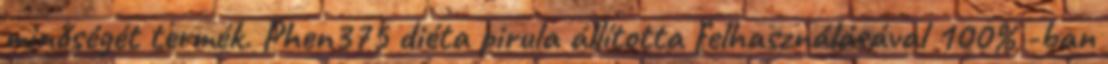
minőségét termék. Phen375 diéta pirula állította felhasználásával 100% -ban